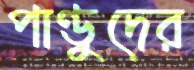
পাণ্ডুদের